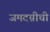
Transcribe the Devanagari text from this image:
जमदग्नीची